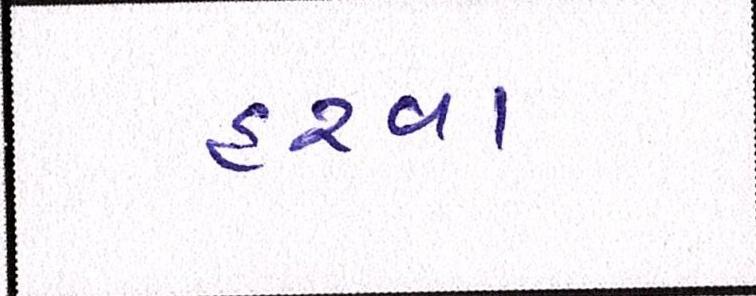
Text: હરવા